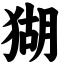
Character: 猢